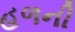
હળની